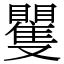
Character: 矍